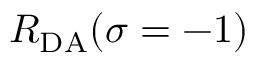
R _ { \mathrm { D A } } ( \sigma = - 1 )